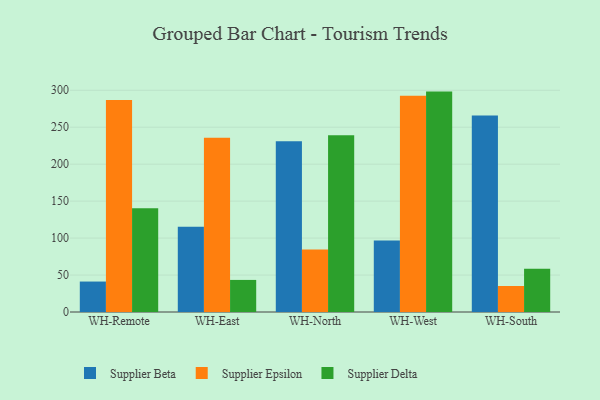
{"axis": {"x": "Warehouse", "y": "Backlog"}, "legend": ["Supplier Beta", "Supplier Delta", "Supplier Epsilon"], "data": [{"x": "WH-Remote", "y": 41.2, "type": "Supplier Beta"}, {"x": "WH-Remote", "y": 286.9, "type": "Supplier Epsilon"}, {"x": "WH-Remote", "y": 140.4, "type": "Supplier Delta"}, {"x": "WH-East", "y": 115.5, "type": "Supplier Beta"}, {"x": "WH-East", "y": 235.7, "type": "Supplier Epsilon"}, {"x": "WH-East", "y": 43.4, "type": "Supplier Delta"}, {"x": "WH-North", "y": 230.9, "type": "Supplier Beta"}, {"x": "WH-North", "y": 84.5, "type": "Supplier Epsilon"}, {"x": "WH-North", "y": 239.0, "type": "Supplier Delta"}, {"x": "WH-West", "y": 96.9, "type": "Supplier Beta"}, {"x": "WH-West", "y": 292.6, "type": "Supplier Epsilon"}, {"x": "WH-West", "y": 298.2, "type": "Supplier Delta"}, {"x": "WH-South", "y": 265.8, "type": "Supplier Beta"}, {"x": "WH-South", "y": 35.2, "type": "Supplier Epsilon"}, {"x": "WH-South", "y": 58.6, "type": "Supplier Delta"}]}